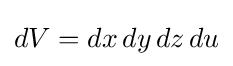
dV=dx\,dy\,dz\,du